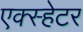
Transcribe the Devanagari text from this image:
एक्स्हेटर